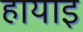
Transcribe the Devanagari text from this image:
हायाइ